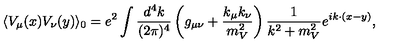
\langle V _ { \mu } ( x ) V _ { \nu } ( y ) \rangle _ { 0 } = e ^ { 2 } \int \frac { d ^ { 4 } k } { ( 2 \pi ) ^ { 4 } } \left( g _ { \mu \nu } + \frac { k _ { \mu } k _ { \nu } } { m _ { V } ^ { 2 } } \right) \frac { 1 } { k ^ { 2 } + m _ { V } ^ { 2 } } e ^ { i k \cdot ( x - y ) } ,